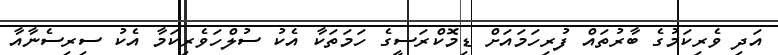
އަދި ވެރިކަމުގެ ބާރުތައް ފުރިހަމައަށް ޑިމޮކްރަސީގެ ހަމަތަކާ އެކު ސުލްހަވެރިކަމާ އެކު ސިރިސެނާއާ